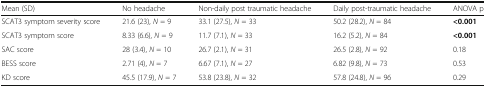
<table><thead><tr><td><b>Mean (SD)</b></td><td><b>No headache</b></td><td><b>Non-daily post traumatic headache</b></td><td><b>Daily post-traumatic headache</b></td><td><b>ANOVA p</b></td></tr></thead><tbody><tr><td>SCAT3 symptom severity score</td><td>21.6 (23), <i>N</i> = 9</td><td>33.1 (27.5), <i>N</i> = 33</td><td>50.2 (28.2), <i>N</i> = 84</td><td><b>&lt;0.001</b></td></tr><tr><td>SCAT3 symptom score</td><td>8.33 (6.6), <i>N</i> = 9</td><td>11.7 (7.1), <i>N</i> = 33</td><td>16.2 (5.2), <i>N</i> = 84</td><td><b>&lt;0.001</b></td></tr><tr><td>SAC score</td><td>28 (3.4), <i>N</i> = 10</td><td>26.7 (2.1), <i>N</i> = 31</td><td>26.5 (2.8), <i>N</i> = 92</td><td>0.18</td></tr><tr><td>BESS score</td><td>2.71 (4), <i>N</i> = 7</td><td>6.67 (7.1), <i>N</i> = 27</td><td>6.82 (9.8), <i>N</i> = 73</td><td>0.53</td></tr><tr><td>KD score</td><td>45.5 (17.9), <i>N</i> = 7</td><td>53.8 (23.8), <i>N</i> = 32</td><td>57.8 (24.8), <i>N</i> = 96</td><td>0.29</td></tr></tbody></table>